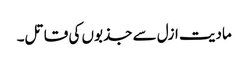
مادیت ازل سے جذبوں کی قاتل۔